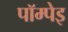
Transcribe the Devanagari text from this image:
पॉम्पेइ